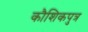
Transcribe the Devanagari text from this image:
कौशिकपुत्र